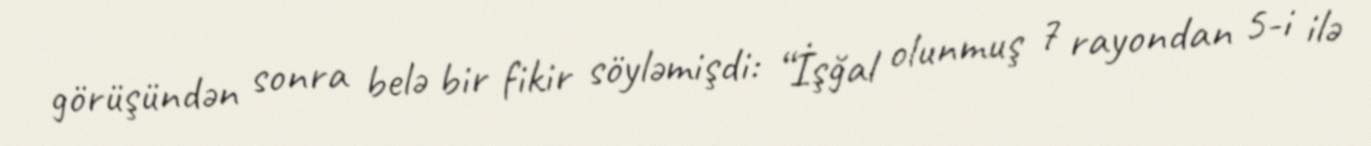
görüşündən sonra belə bir fikir söyləmişdi: “İşğal olunmuş 7 rayondan 5-i ilə